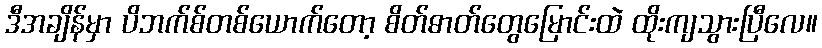
ဒီအချိန်မှာ ပိဘက်စ်တစ်ယောက်တော့ စိတ်ဓာတ်တွေမြောင်းထဲ ထိုးကျသွားပြီလေ။